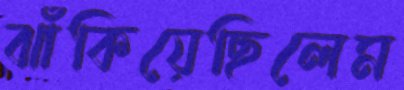
ঝাঁকিয়েছিলেম